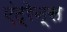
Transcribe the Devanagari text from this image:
एंट्रेन्स